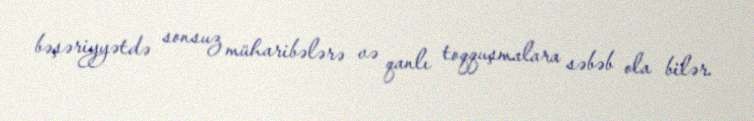
bəşəriyyətdə sonsuz müharibələrə və qanlı toqquşmalara səbəb ola bilər.